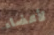
لأعضاء